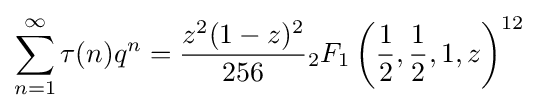
\sum _{n=1}^{\infty }\tau (n)q^{n}={\dfrac {z^{2}(1-z)^{2}}{256}}{}_{2}F_{1}\left({\frac {1}{2}},{\frac {1}{2}},1,z\right)^{12}